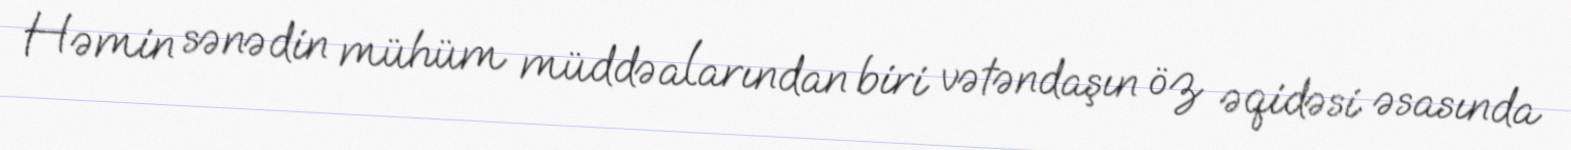
Həmin sənədin mühüm müddəalarından biri vətəndaşın öz əqidəsi əsasında